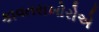
કાવતરાખોરોએ